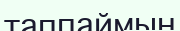
таппаймын